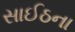
સાઈઠના